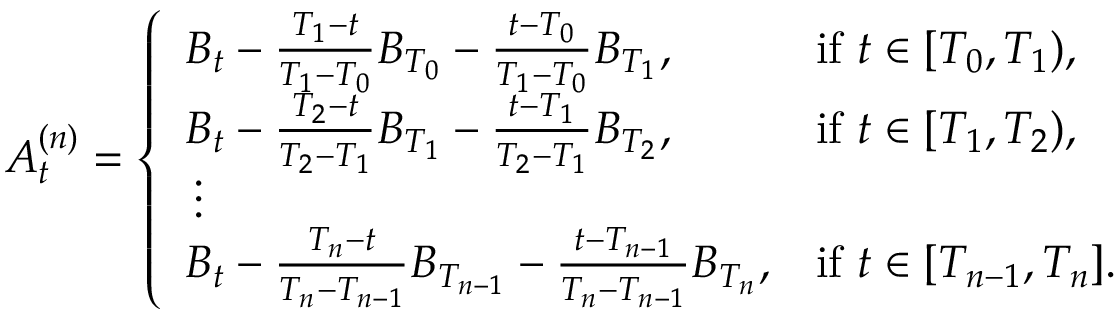
A _ { t } ^ { ( n ) } = \left\{ \begin{array} { l l } { B _ { t } - \frac { T _ { 1 } - t } { T _ { 1 } - T _ { 0 } } B _ { T _ { 0 } } - \frac { t - T _ { 0 } } { T _ { 1 } - T _ { 0 } } B _ { T _ { 1 } } , } & { \mathrm { i f ~ } t \in [ T _ { 0 } , T _ { 1 } ) , } \\ { B _ { t } - \frac { T _ { 2 } - t } { T _ { 2 } - T _ { 1 } } B _ { T _ { 1 } } - \frac { t - T _ { 1 } } { T _ { 2 } - T _ { 1 } } B _ { T _ { 2 } } , } & { \mathrm { i f ~ } t \in [ T _ { 1 } , T _ { 2 } ) , } \\ { \, \vdots } \\ { B _ { t } - \frac { T _ { n } - t } { T _ { n } - T _ { n - 1 } } B _ { T _ { n - 1 } } - \frac { t - T _ { n - 1 } } { T _ { n } - T _ { n - 1 } } B _ { T _ { n } } , } & { \mathrm { i f ~ } t \in [ T _ { n - 1 } , T _ { n } ] . } \end{array} \right.